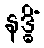
နဒ္ဓိံ